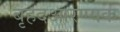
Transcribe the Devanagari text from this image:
बृहदआरण्यक